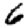
Digit: 6